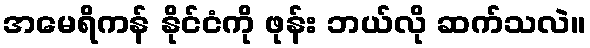
အမေရိကန် နိုင်ငံကို ဖုန်း ဘယ်လို ဆက်သလဲ။